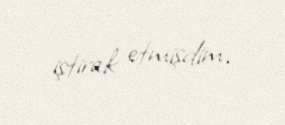
iştirak etmişdim.